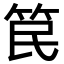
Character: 笢